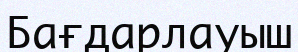
Бағдарлауыш